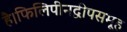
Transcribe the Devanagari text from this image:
है।फिलिपीनद्वीपसमूह